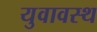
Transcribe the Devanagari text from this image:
युवावस्थ